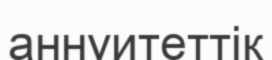
аннуитеттік